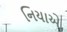
નિયાએ